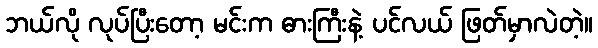
ဘယ်လို လုပ်ပြီးတော့ မင်းက ဓားကြီးနဲ့ ပင်လယ် ဖြတ်မှာလဲတဲ့။